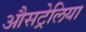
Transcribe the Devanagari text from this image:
औसट्रेलिया